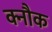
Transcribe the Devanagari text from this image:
क्नौक